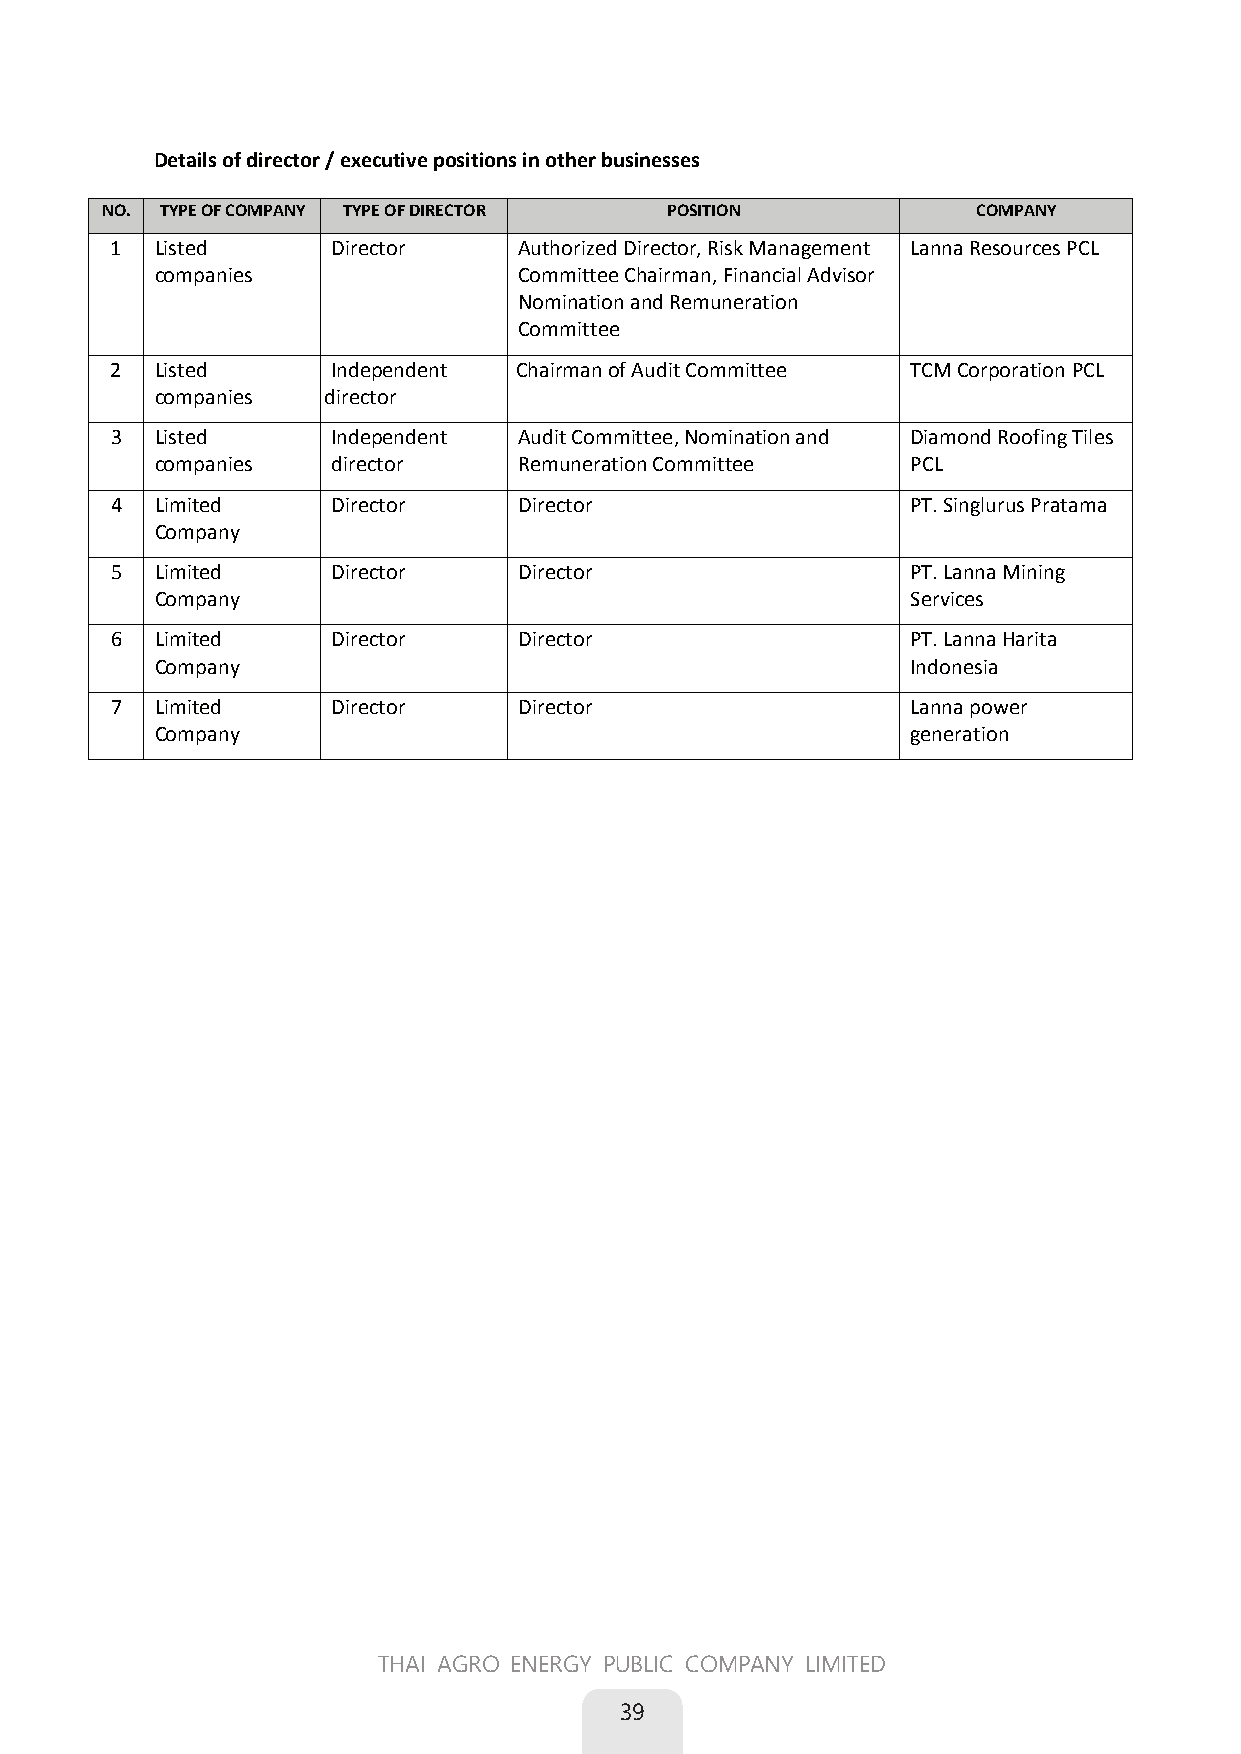
Details of director / executive positions in other businesses
 NO. TYPE OF COMPANY TYPE OF DIRECTOR POSITION             COMPANY
 1  Listed      Director    Authorized Director, Risk Management Lanna Resources PCL
 companies               Committee Chairman, Financial Advisor
 Nomination and Remuneration
 Committee
 2  Listed      Independent Chairman of Audit Committee TCM Corporation PCL
 companies  director
 3  Listed      Independent Audit Committee, Nomination and Diamond Roofing Tiles
 companies   director    Remuneration Committee    PCL
 4  Limited     Director    Director                  PT. Singlurus Pratama
 Company
 5  Limited     Director    Director                  PT. Lanna Mining
 Company                                           Services
 6  Limited     Director    Director                  PT. Lanna Harita
 Company                                           Indonesia
 7  Limited     Director    Director                  Lanna power
 Company                                           generation
 THAI AGRO ENERGY PUBLIC COMPANY LIMITED
 39